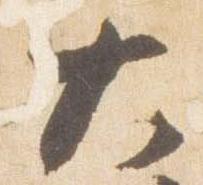
大